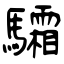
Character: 驦